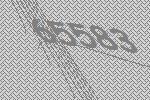
65583